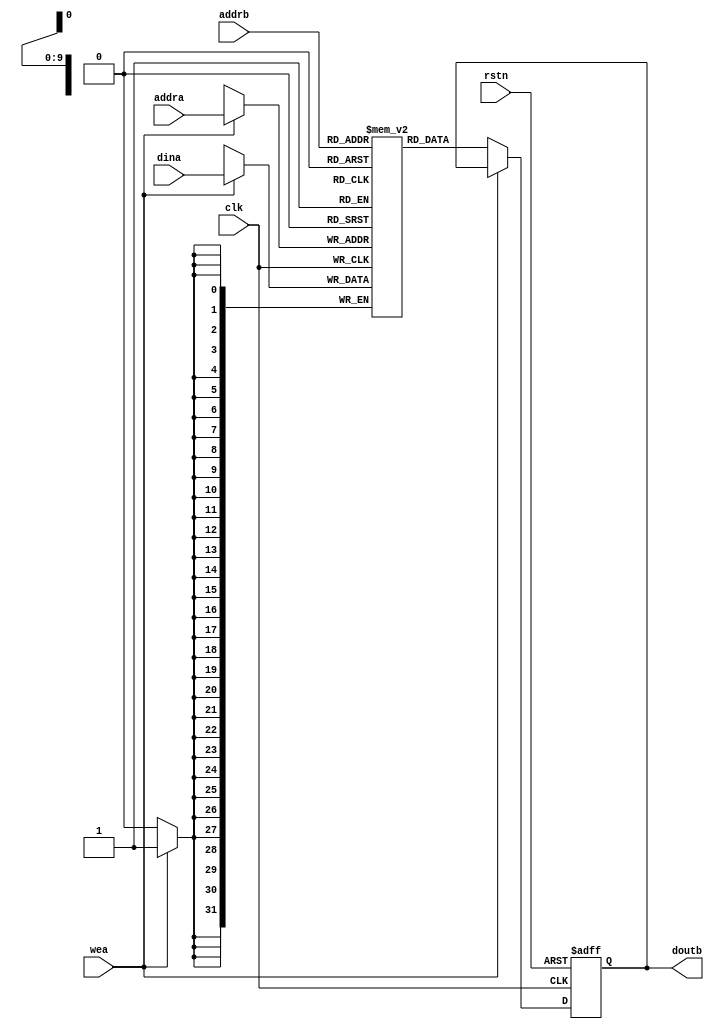
`timescale 1ns / 1ps

//////////////////////////////////////////////////////////////////////////////////
// Company: 
// 
// Module Name: axi_ram_slave
// Project Name: 
// Description: 
// 
// Revision 0.01 - File Created
// Additional Comments:
// 
//////////////////////////////////////////////////////////////////////////////////

module ram_instance  #(parameter DATA_WIDTH =32 , ADDR_WIDTH=10,DEEP_LENGTH=1024 ) 
(
		input       clk  ,
		input       rstn,
		input       wea  ,    // write enable 
		input   [ADDR_WIDTH-1:0] 	addra,  // input data address   [9:0]
		input 	[DATA_WIDTH-1:0]	dina ,  // input write data 	[31:0]
		input   [ADDR_WIDTH-1:0]    addrb,  // read data address 
		output  [DATA_WIDTH-1:0]    doutb   // read data 
);
reg [DATA_WIDTH-1:0] bram [0:DEEP_LENGTH-1] ;

reg [DATA_WIDTH-1:0] reg_doutb;

// can't use  \  \  \ .txt  only  use  /  /  /  .txt  

//initial begin

// $readmemh("D:/1_Project/5_RSA/4_project_vivado/RSA_radix16/RSA_HUAWEI_1/RSA_HUAWEI.srcs/sources_1/ram_initial/ram_4096.txt", bram);
//end

    always@(posedge clk or negedge rstn )begin 
        if(!rstn) 
            reg_doutb <=0;
        else if(!wea)
            reg_doutb <=bram[addrb];
    end 

    always@(posedge clk  )begin 
        if(wea)
            bram[addra]<=dina;
    end 


assign doutb    =   reg_doutb;

endmodule